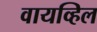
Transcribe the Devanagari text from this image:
वायव्हिल